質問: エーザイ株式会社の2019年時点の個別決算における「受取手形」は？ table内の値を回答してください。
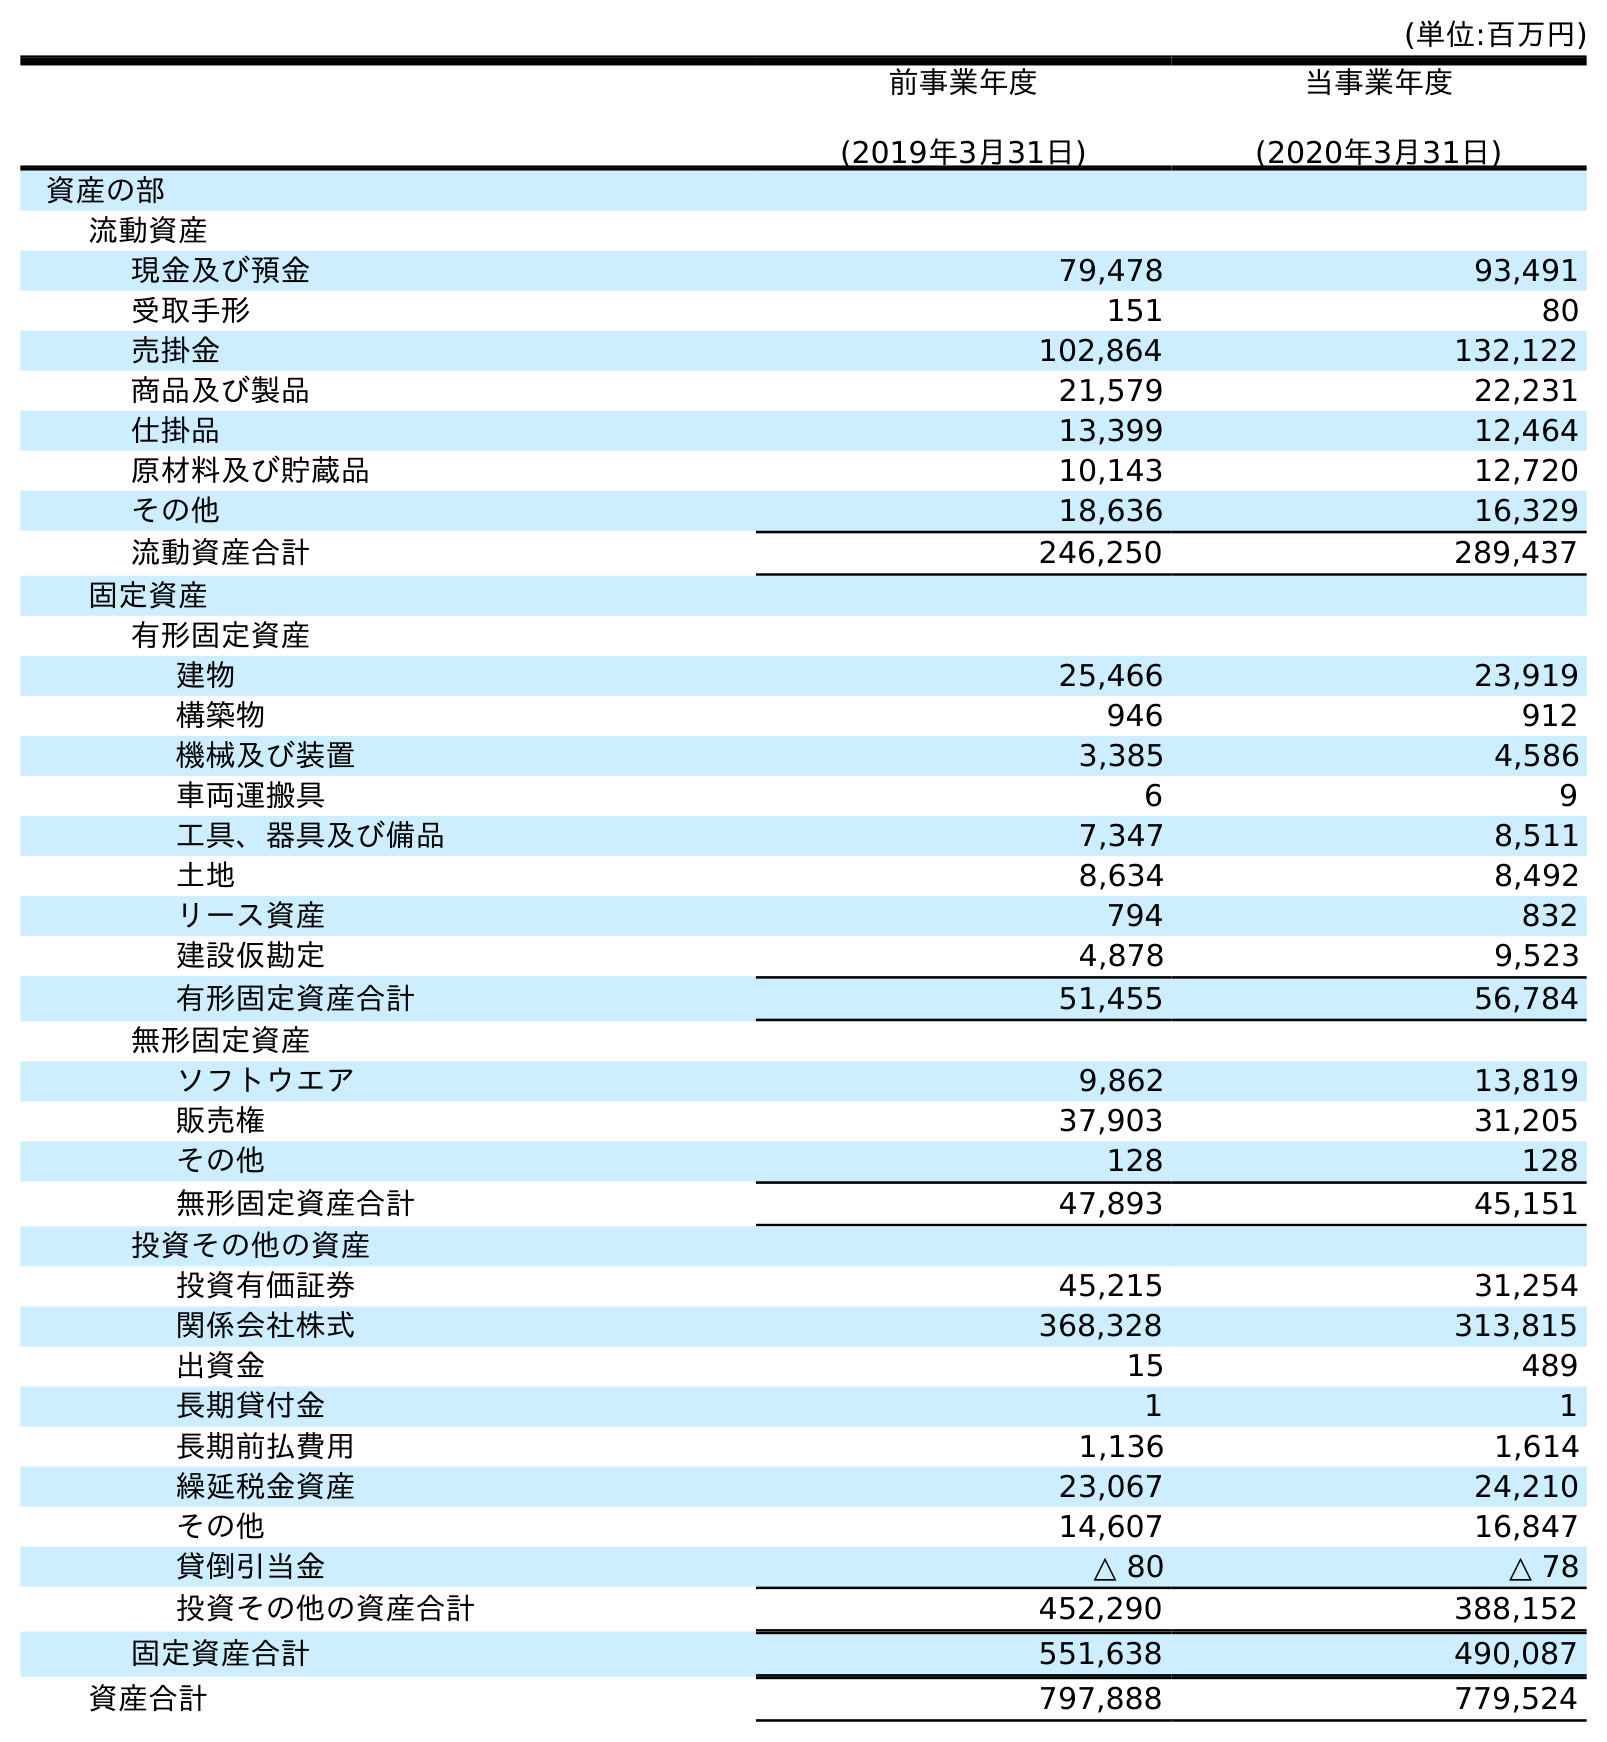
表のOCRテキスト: (単位:百万円) 前事業年度 (2019年3月31日) 当事業年度 (2020年3月31日) 資産の部 流動資産 現金及び預金 79,478 93,491 受取手形 151 80 売掛金 102,864 132,122 商品及び製品 21,579 22,231 仕掛品 13,399 12,464 原材料及び貯蔵品 10,143 12,720 その他 18,636 16,329 流動資産合計 246,250 289,437 固定資産 有形固定資産 建物 25,466 23,919 構築物 946 912 機械及び装置 3,385 4,586 車両運搬具 6 9 工具、器具及び備品 7,347 8,511 土地 8,634 8,492 リース資産 794 832 建設仮勘定 4,878 9,523 有形固定資産合計 51,455 56,784 無形固定資産 ソフトウエア 9,862 13,819 販売権 37,903 31,205 その他 128 128 無形固定資産合計 47,893 45,151 投資その他の資産 投資有価証券 45,215 31,254 関係会社株式 368,328 313,815 出資金 15 489 長期貸付金 1 1 長期前払費用 1,136 1,614 繰延税金資産 23,067 24,210 その他 14,607 16,847 貸倒引当金 △ 80 △ 78 投資その他の資産合計 452,290 388,152 固定資産合計 551,638 490,087 資産合計 797,888 779,524
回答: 151